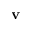
\mathbf { v }